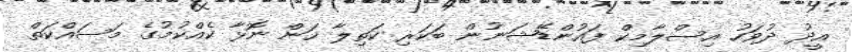
އީދު ދުވަހު އިސްލާމިކް ފައުންޑޭޝަނުން ބަކަރި ކަތިލާ ހަން ނޮޅާ ކެއްކުމުގެ މަސައްކަތް